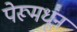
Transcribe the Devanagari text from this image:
पेरूमधून